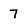
Character: 7